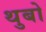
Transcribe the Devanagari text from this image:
थुबो